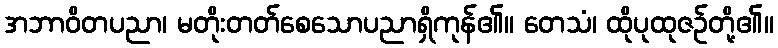
အဘာဝိတပညာ၊ မတိုးတတ်စေသောပညာရှိကုန်၏။ တေသံ၊ ထိုပုထုဇဉ်တို့၏။